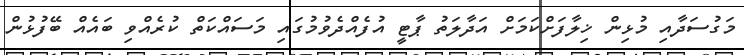
މަގުސަދާއި މުޅިން ޚިލާފަށްކަމަށް އަދާލަތު ޕާޓީ އުފެއްދެވުމުގައި މަސައްކަތް ކުރެއްވި ބައެއް ބޭފުޅުން